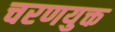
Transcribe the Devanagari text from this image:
चरणयुक्त